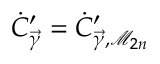
\dot { C } _ { \vec { \gamma } } ^ { \prime } = \dot { C } _ { \vec { \gamma } , \mathcal { M } _ { 2 n } } ^ { \prime }